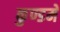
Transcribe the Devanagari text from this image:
कुण्डमे